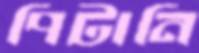
পিটানি